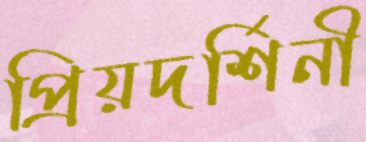
প্রিয়দর্শিনী